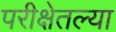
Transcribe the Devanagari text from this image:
परीक्षेतल्या